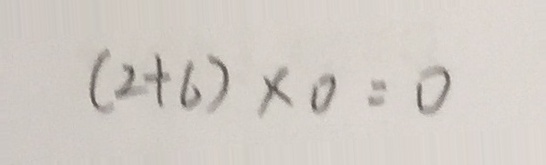
( 2 + 6 ) \times 0 = 0